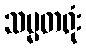
သမ္မတရုံး